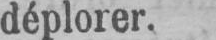
déplorer.